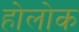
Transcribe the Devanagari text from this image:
होलोक